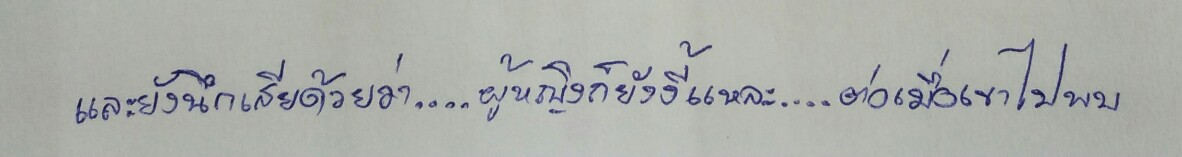
และยังนึกเสียด้วยว่า....ผู้หญิงก็ยังงี้แหละ....ต่อเมื่อเขาไปพบ